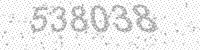
Solution: 538038